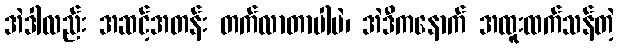
အဲဒါလည်း အဆင့်အတန်း တက်လာတာပါပဲ၊ အဲဒီကနောက် အထူးထက်သန်တဲ့